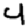
Digit: 4